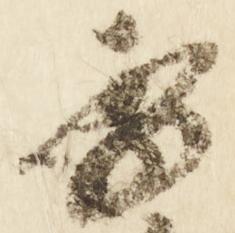
季